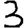
Digit: 3